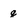
Character: q